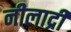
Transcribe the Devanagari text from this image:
नीलाद्री